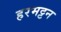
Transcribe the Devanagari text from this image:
हरमट्टन